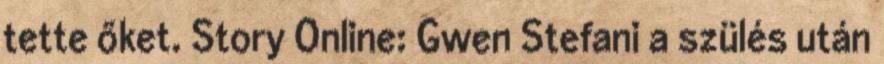
tette őket. Story Online: Gwen Stefani a szülés után